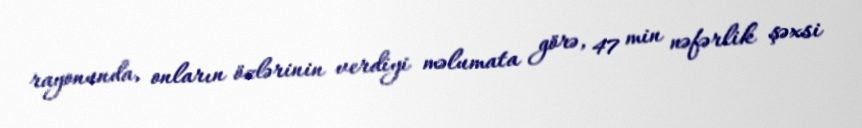
rayonunda, onların özlərinin verdiyi məlumata görə, 47 min nəfərlik şəxsi